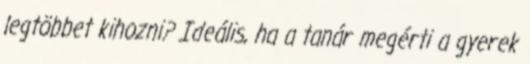
legtöbbet kihozni? Ideális, ha a tanár megérti a gyerek